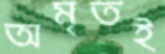
অমৃতই